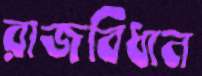
রাজবিধান